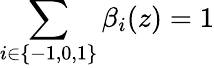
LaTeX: \sum_{i\in\{ -1,0,1\} }\beta_{i}(z)=1